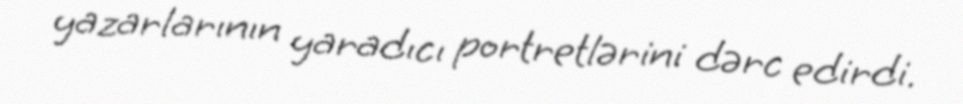
yazarlarının yaradıcı portretlərini dərc edirdi.